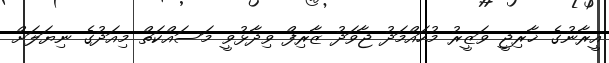
އީރާނުގެ ޚާރިޖީ ވަޒީރު މުހައްމަދު ޖާވަދު ޒާރިފް ވިދާޅުވީ މަސައްކަތް މިއަދުގެ ނިޔަލަށް